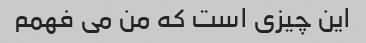
این چیزی است که من می فهمم